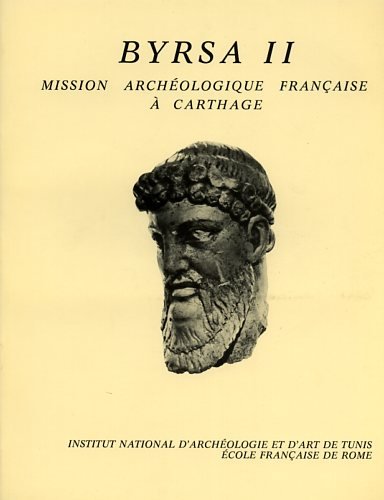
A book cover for Atlas prehistorique de la Tunisie (Collection de l'Ecole francaise de Rome) (French Edition); Travel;